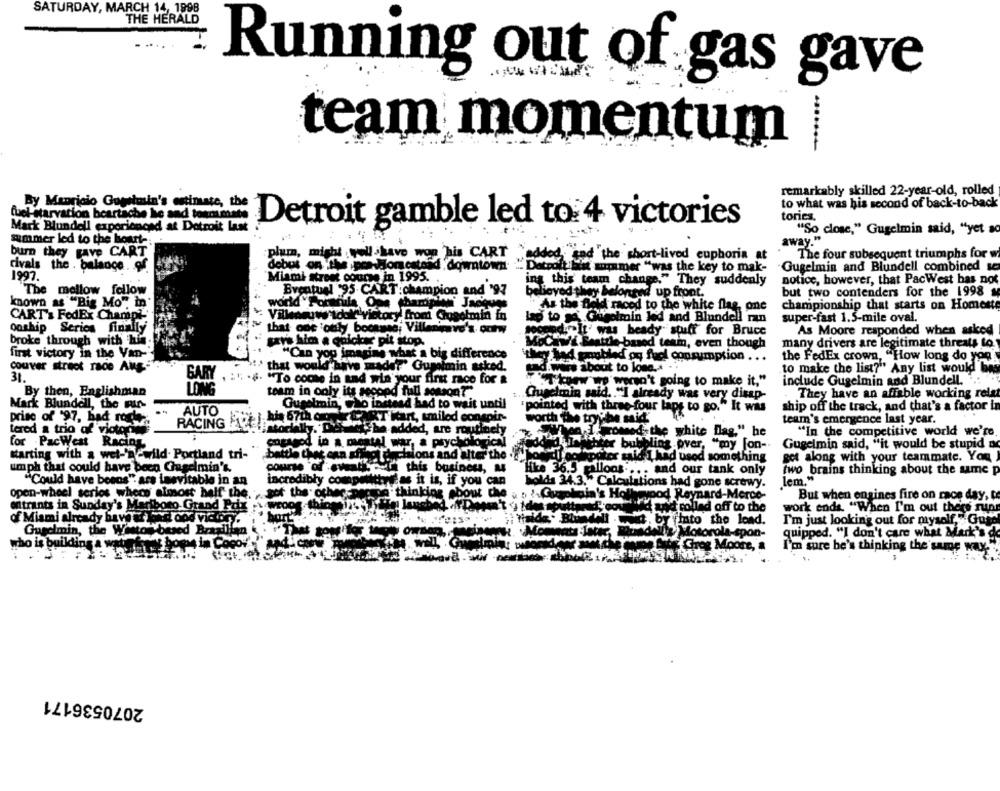
SATURDAY, MARCH 14, 1998
THE HERALD
Running out of gas gave
team momentum
.......
remarkably skilled 22-year-old, rolled
By Mauricio Gugelmin's estimate, the
to what was his second of back-to-back
fuel starvation beartache he and toemmate
tories.
Mack Blundell experienced at Dotroit Last
Detroit gamble led to 4 victories
"So close," Gugelmin said, "yet so
summer led to the hourt -.
away
burn they gave CART
plum, might voll have won his CART
added sed the short-lived euphoria at
The four subsequent triumphs for w
rivals the . balance . of
dobut on the pos- Homestead downtown -Dacroft
downtown
Detroit last summer "was the key to mak-
Gugelmin and Blundell combined se
1997.
Miami stree course in 1995.
ing this team change." They suddenly
notice, however, that PacWest has not
The mellow fellow
Bventual 95 CART:champion and '97
believed they belonged up front.
but two contenders for the 1998
known as "Big Mo" in'
As the field raced to the white flag, one
championship that starts on Homeste
CART's FedEx Champi
lap to soGut
super-fast 1.5-mile oval.
wraca victory from Gusetmin in
lap to go Gogolmin led and Blundell rn
onship Series finally
, that one offly, boonmee, Ville
condim It' was beady stuff for Bruce
As Moore responded when asked
broke through with his
gave him a quicker pit stop.
Nochwii Seattle-based team, even though
many drivers are legitimate threats to
first victory in the Van-
"Can you imagine what a big difference
the FedEx crown, "How long do you
they had poubled og fuel consumption ...
couver street race Aug
"> that would have madet" Gumimin asked.
sad. was about to lose .. .
to make the list?" Any list would be
31.
GARY
:1 .4 "To come in and win' your first race for &
aw p'won't going to make it,"
include Gugelmin and Blundell.
By then, Englishman
LONG
team in only its second full somson?"
Gugelmin said. . "I already was very disap-
They have an affable working rele
Mark Blundell, the Fir-
Gugelmin, who instead had to wait until
"pointed with three-four laps to go." It was
ship off the track, and that's a factor in
RACING 1 )-bit 67th mirENT kart, milod conspir-
AUTO
worth the tryyhe said
team's emergence last year.
prise of '97, had ropy
RACING
tered a trio af victorine
"she added, are routinely
"In the competitive world we're,
for PacWest RaCIAL
engaged in a mental waar, a psychologie
Achter bubbling over, "my jon -.
Gugelmin said, "it would be stupid as
starting with a wel-'newild. Portland tri-
fre decisions and alter the
ho houter said I had used something
get along with your teammate. You
umph that could have been Chugelmin's.
course of eventk. If this business, as
Hike 36.5 gallons .... and our tank only
two brains thinking about the mme p
"Could have beens" ars inevitable in an
incredibly competitive as it is, if you can
as it is, if you can
lem."
holds 34.3. Calculations had gone screwy.
open-wheel series where almost half the.
sof the otherperson thinking about che . . ! Guapkaia's Holleypod Reynard-Merce-
But when engines fire on race day,
entrants in Sunday's Marlboro Grand Prix :
lanched vir Danssa't i ides soutter ' covid and rollad off to the
work ends. "When I'm out there run
of Miami already have ur ted dodvictory.
tialde . Blundell . .... by finto the lond.
I'm just looking out for myself, "Guld
Gurelmin, the Weston besed Brazilian
quipped. "I don't care what Mark's de
who is building a watinformat boms in Coco! "and-Cw
I'm sure he's thinking the same way"
2070536171